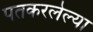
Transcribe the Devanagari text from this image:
पतकरलेल्या